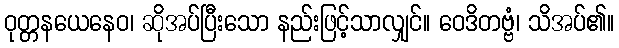
ဝုတ္တနယေနေဝ၊ ဆိုအပ်ပြီးသော နည်းဖြင့်သာလျှင်။ ဝေဒိတဗ္ဗံ၊ သိအပ်၏။